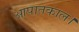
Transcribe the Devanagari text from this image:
आपातकाल।